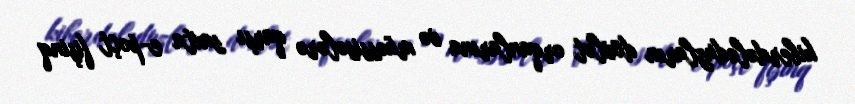
kiberdələduzların dövlət orqanlarına və müəssisələrə qarşı saxta e-poçt fişinq